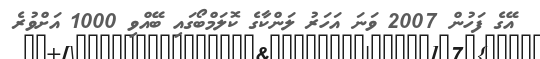
އޭގެ ފަހުން 2007 ވަނަ އަހަރު ލަންކާގެ ކޮލަމްބޯގައި ބޭއްވި 1000 އަށްވުރެ